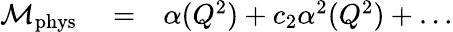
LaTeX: \begin{array}{rlr}{{\cal M}_{\mathrm{phys}}}&{{}=}&{\alpha(Q^{2})+c_{2}\alpha^{2}(Q^{2})+\dots}\end{array}